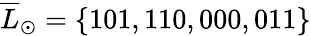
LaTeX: \overline{{L}}_{\odot}=\{ 101,110,000,011\}